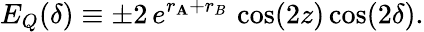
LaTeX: E_{Q}(\delta)\equiv\pm2\, e^{r_{\mathbf{A}}+r_{B}}\, \cos(2z)\cos(2\delta).